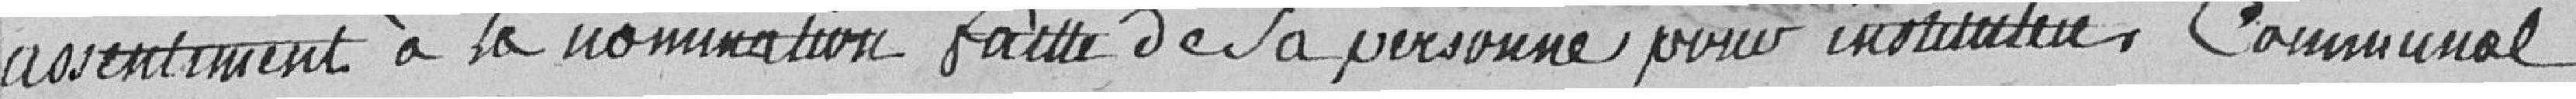
assentiment à la nomination faite de la personne pour instituteur Communal